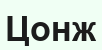
Цонж